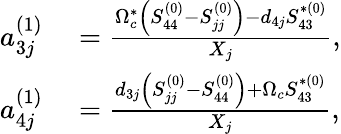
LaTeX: \begin{array}{rl}{a_{3j}^{(1)}}&{{}=\frac{\Omega_{c}^{\ast}\left(S_{44}^{(0)}-S_{jj}^{(0)}\right)-d_{4j}S_{43}^{\ast(0)}}{X_{j}},}\\ {a_{4j}^{(1)}}&{{}=\frac{d_{3j}\left(S_{jj}^{(0)}-S_{44}^{(0)}\right)+\Omega_{c}S_{43}^{\ast(0)}}{X_{j}},}\end{array}